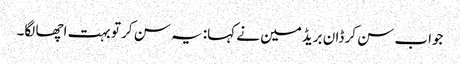
جواب سن کر ڈان بریڈمین نے کہا: یہ سن کر تو بہت اچھا لگا۔